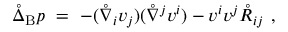
\mathring { \Delta } _ { \mathrm { B } } p \ = \ - ( \mathring { \nabla } _ { i } v _ { j } ) ( \mathring { \nabla } ^ { j } v ^ { i } ) - v ^ { i } v ^ { j } \mathring { R } _ { i j } ~ ,